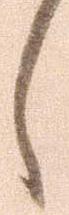
し